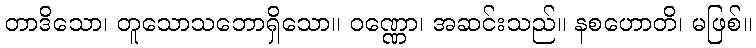
တာဒိသော၊ တူသောသဘောရှိသော။ ဝဏ္ဏော၊ အဆင်းသည်။ နစဟောတိ၊ မဖြစ်။